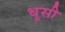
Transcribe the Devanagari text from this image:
धूसी